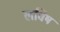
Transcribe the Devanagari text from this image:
लविष